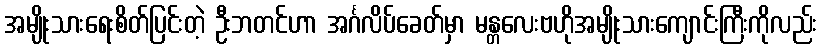
အမျိုးသားရေးစိတ်ပြင်းတဲ့ ဦးဘတင်ဟာ အင်္ဂလိပ်ခေတ်မှာ မန္တလေးဗဟိုအမျိုးသားကျောင်းကြီးကိုလည်း